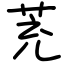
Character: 茺